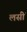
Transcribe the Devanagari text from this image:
लसीं